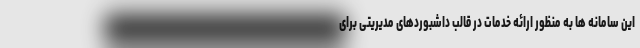
این سامانه ها به منظور ارائه خدمات در قالب داشبوردهای مدیریتی برای